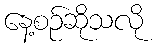
နေ့စဉ်ဆိုသလို